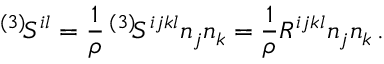
^ { ( 3 ) } \! { \cal S } ^ { i l } = \frac 1 \rho \, ^ { ( 3 ) } \! S ^ { i j k l } n _ { j } n _ { k } = \frac 1 \rho R ^ { i j k l } n _ { j } n _ { k } \, .